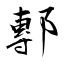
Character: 鄟